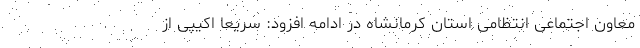
معاون اجتماعی انتظامی استان کرمانشاه در ادامه افزود: سریعا اکیپی از